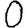
Digit: 0